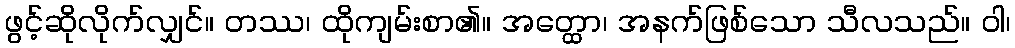
ဖွင့်ဆိုလိုက်လျှင်။ တဿ၊ ထိုကျမ်းစာ၏။ အတ္ထော၊ အနက်ဖြစ်သော သီလသည်။ ဝါ၊